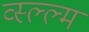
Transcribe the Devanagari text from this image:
व्स्ल्ल्म